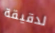
لدقيقة